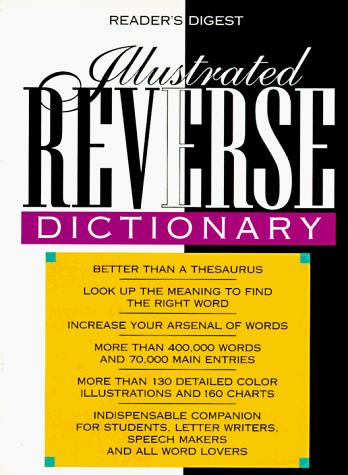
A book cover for Illustrated Reverse Dictionary; Reference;